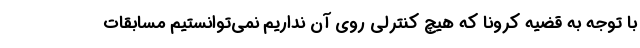
با توجه به قضیه کرونا که هیچ کنترلی روی آن نداریم نمی‌توانستیم مسابقات